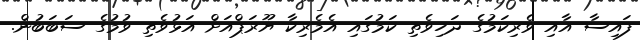
ފައިސާ އާއި ވެރިކަމުގެ ދަހިވެތި ކަމުގައި އެމެރިކާ ޔޫރަޕްއަށް އަޅުވެތި ވުމުގެ ސަބަބުން.